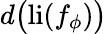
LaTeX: d\big(\mathrm{li}(f_{\phi})\big)